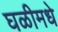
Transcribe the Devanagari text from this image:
घळीमधे